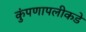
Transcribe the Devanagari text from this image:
कुंपणापलीकडे